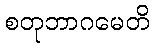
စတုဘာဂမေတိ